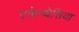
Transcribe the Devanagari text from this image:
एकेन्थेसिया